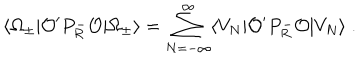
\langle \Omega _ { \pm } | { \cal O } ^ { \prime } P _ { R } ^ { - } { \cal O } | \Omega _ { \pm } \rangle = \sum _ { N = - \infty } ^ { \infty } \langle V _ { N } | { \cal O } ^ { \prime } P _ { R } ^ { - } { \cal O } | V _ { N } \rangle \; .